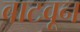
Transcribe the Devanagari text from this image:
बाटवून